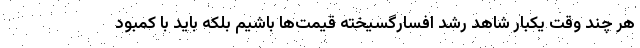
هر چند وقت یکبار شاهد رشد افسارگسیخته قیمت‌ها باشیم بلکه باید با کمبود